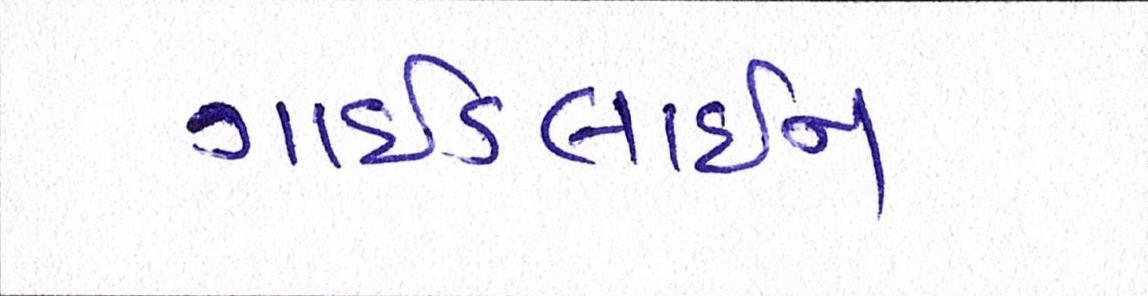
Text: ગાઈડલાઈન